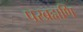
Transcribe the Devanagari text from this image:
परब्रह्मणि